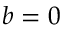
b = 0